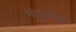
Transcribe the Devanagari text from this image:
मंजुरीस